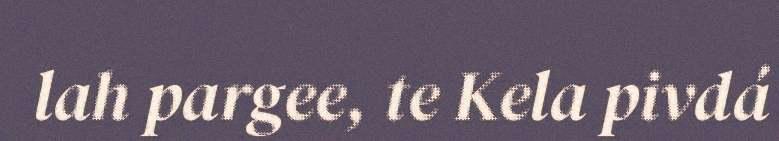
lah pargee, te Kela pivdá